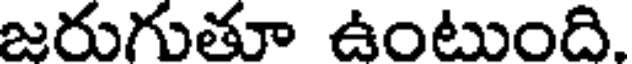
జరుగుతూ ఉంటుంది.